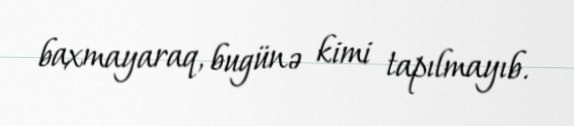
baxmayaraq, bugünə kimi tapılmayıb.